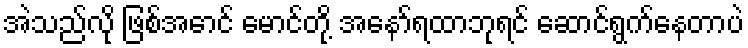
အဲသည်လို ဖြစ်အောင် မောင်တို့ အနော်ရထာဘုရင် ဆောင်ရွက်နေတာပဲ